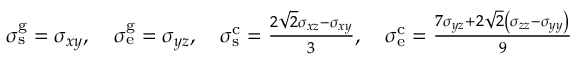
\begin{array} { r } { \sigma _ { \mathrm { s } } ^ { \mathrm { g } } = \sigma _ { x y } , \quad \sigma _ { \mathrm { e } } ^ { \mathrm { g } } = \sigma _ { y z } , \quad \sigma _ { \mathrm { s } } ^ { \mathrm { c } } = \frac { 2 \sqrt { 2 } \sigma _ { x z } - \sigma _ { x y } } { 3 } , \quad \sigma _ { \mathrm { e } } ^ { \mathrm { c } } = \frac { 7 \sigma _ { y z } + 2 \sqrt { 2 } \left( \sigma _ { z z } - \sigma _ { y y } \right) } { 9 } } \end{array}